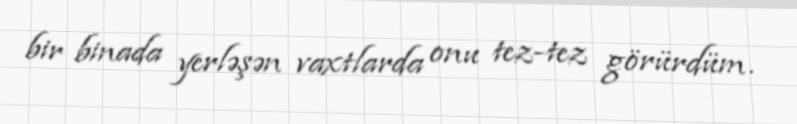
bir binada yerləşən vaxtlarda onu tez-tez görürdüm.